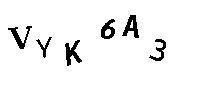
VYK6A3